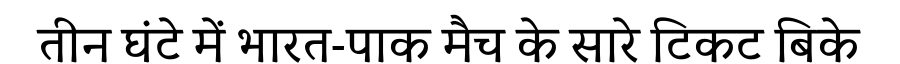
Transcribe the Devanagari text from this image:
तीन घंटे में भारत-पाक मैच के सारे टिकट बिके